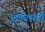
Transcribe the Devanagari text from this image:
एलएसपी